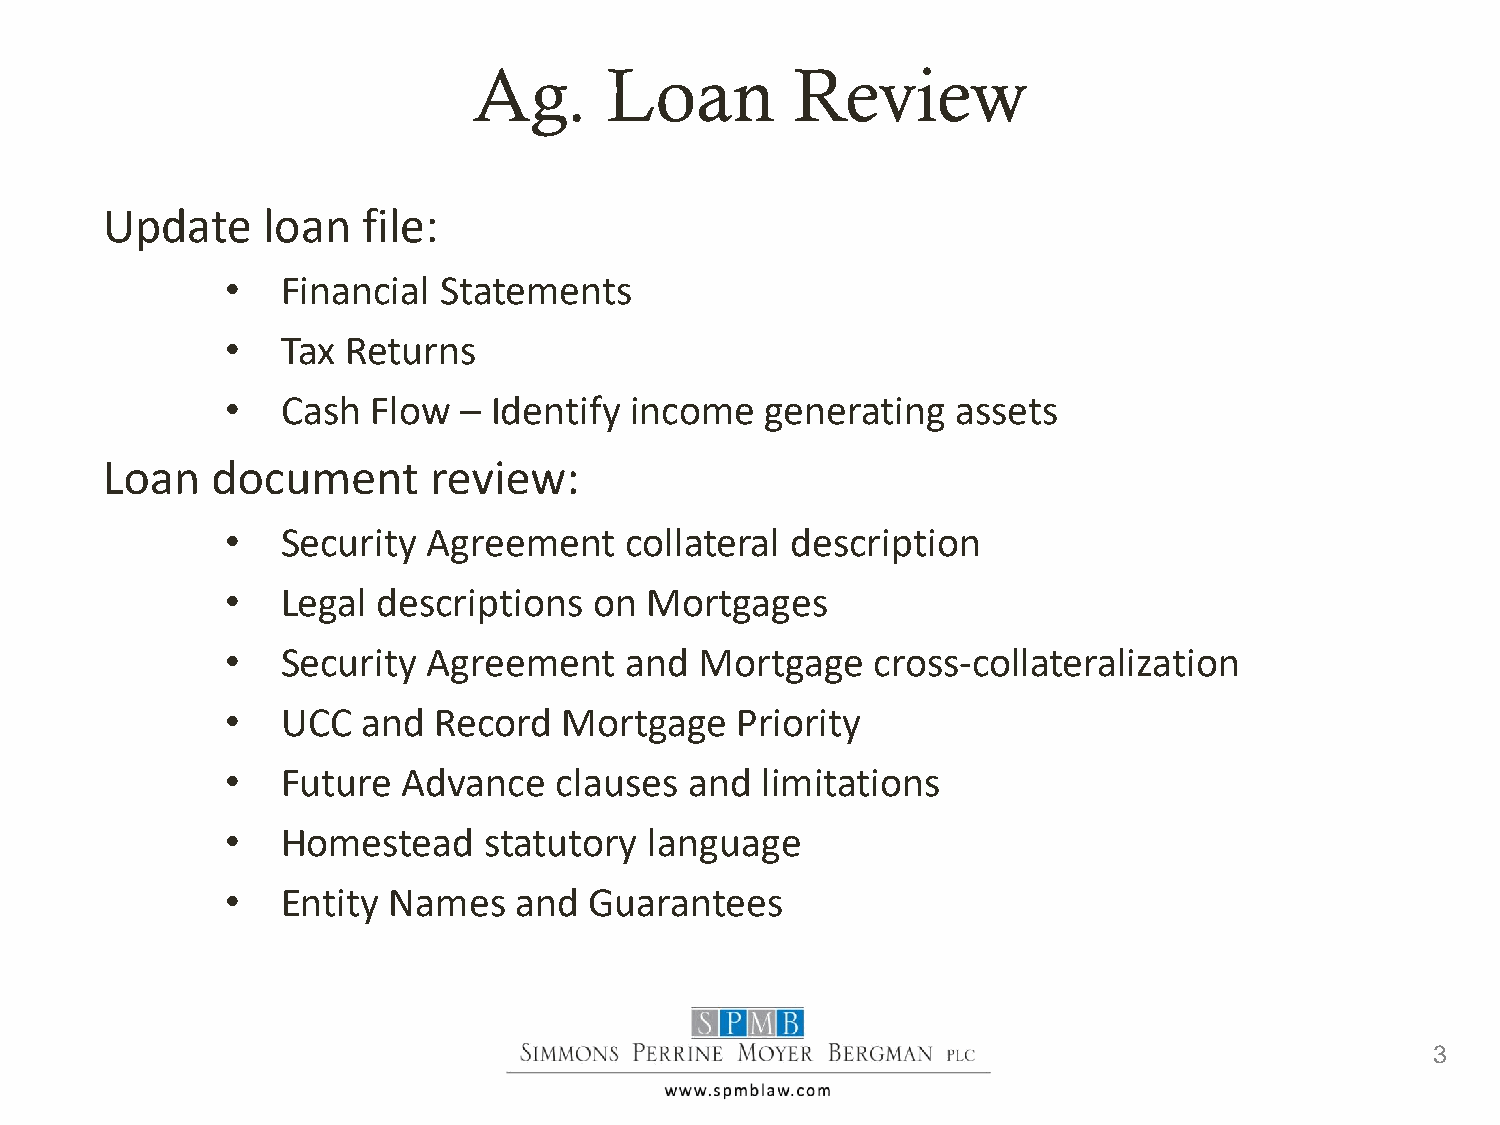
Ag.      Loan         Review
 Update    loan   file:
 •   Financial Statements
 •   Tax Returns
 •   Cash  Flow – Identify  income   generating  assets
 Loan   document      review:
 •   Security Agreement    collateral description
 •   Legal descriptions  on  Mortgages
 •   Security Agreement    and  Mortgage    cross-collateralization
 •   UCC  and  Record  Mortgage    Priority
 •   Future  Advance   clauses  and limitations
 •   Homestead    statutory  language
 •   Entity Names   and  Guarantees
 3